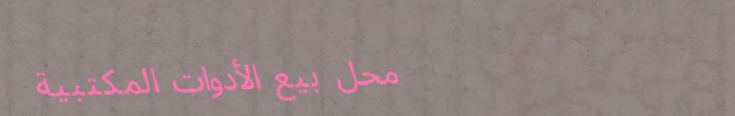
محل بيع الأدوات المكتبية